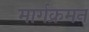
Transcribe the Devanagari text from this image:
मार्गक्रमन